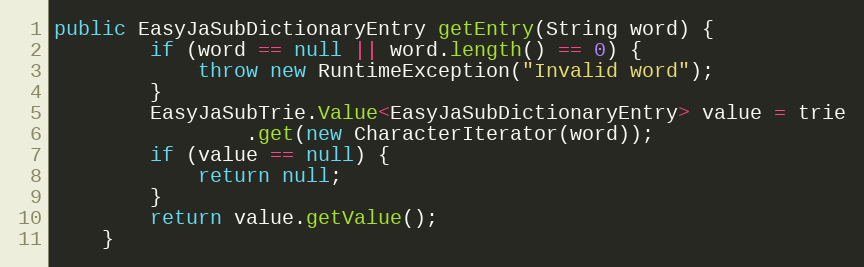
Language: Java
public EasyJaSubDictionaryEntry getEntry(String word) {
		if (word == null || word.length() == 0) {
			throw new RuntimeException("Invalid word");
		}
		EasyJaSubTrie.Value<EasyJaSubDictionaryEntry> value = trie
				.get(new CharacterIterator(word));
		if (value == null) {
			return null;
		}
		return value.getValue();
	}